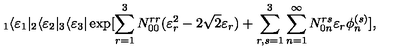
_ 1 \langle \varepsilon _ { 1 } | _ { 2 } \langle \varepsilon _ { 2 } | _ { 3 } \langle \varepsilon _ { 3 } | \exp [ \sum _ { r = 1 } ^ { 3 } N _ { 0 0 } ^ { r r } ( \varepsilon _ { r } ^ { 2 } - 2 \sqrt { 2 } \varepsilon _ { r } ) + \sum _ { r , s = 1 } ^ { 3 } \sum _ { n = 1 } ^ { \infty } N _ { 0 n } ^ { r s } \varepsilon _ { r } \phi _ { n } ^ { ( s ) } ] ,